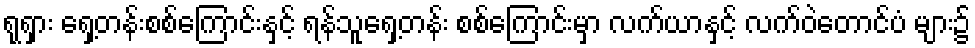
ရုရှား ရှေ့တန်းစစ်ကြောင်းနှင့် ရန်သူရှေ့တန်း စစ်ကြောင်းမှာ လက်ယာနှင့် လက်ဝဲတောင်ပံ များ၌